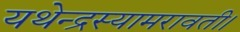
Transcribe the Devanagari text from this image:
यथेन्‍द्रस्‍यामरावती।